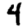
Digit: 4